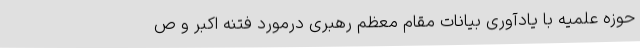
حوزه علمیه با یادآوری بیانات مقام معظم رهبری درمورد فتنه اکبر و ص